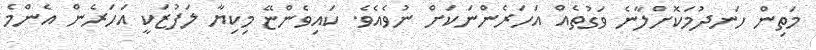
މަތިން ހަނދުމަކޮށްލާނެ ވަގުތެއް އަހަރެންނަކަށް ނުވެއެވެ. ކައިވެންޏޭ މިކިޔާ ލަފުޒަކީ އަހަރެން އެންމެ